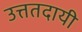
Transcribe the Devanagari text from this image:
उत्ततदायी